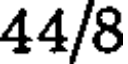
44/8